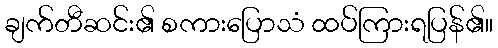
ချက်တီဆင်း၏ စကားပြောသံ ထပ်ကြားရပြန်၏။